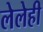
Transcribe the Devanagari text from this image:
लेलेही